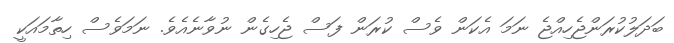
ބަދަލުކުރަންޖެހިއްޖެ ނަމަ އެކަން ވެސް ކުރަން ފަސް ޖެހިގެން ނުވާނެއެވެ. ނަމަވެސް ހިތާމައަކީ